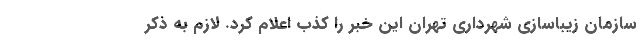
سازمان زیباسازی شهرداری تهران این خبر را کذب اعلام کرد. لازم به ذکر